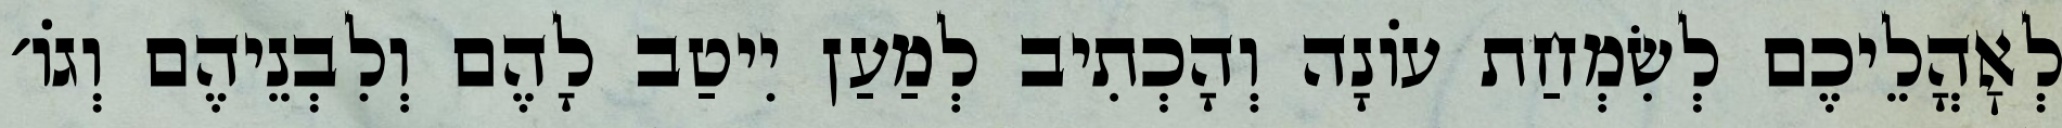
לְאׇהֳלֵיכֶם לְשִׂמְחַת עוֹנָה וְהָכְתִיב לְמַעַן יִיטַב לָהֶם וְלִבְנֵיהֶם וְגוֹ׳